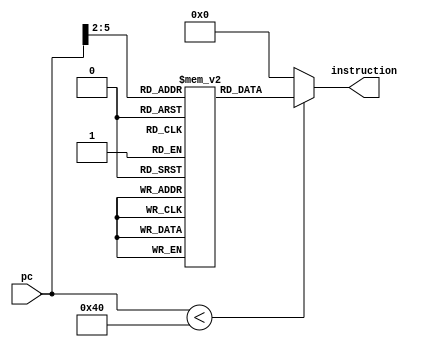
//fpga4student.com: FPga projects, Verilog projects, VHDL projects
// Verilog code for instruction memory
 module instr_mem          // a synthesisable rom implementation  
 (  
      input     [15:0]     pc,  
      output wire     [15:0]          instruction  
 );  
      wire [3 : 0] rom_addr = pc[5 : 2];  
      /* lw     $3, 0($0) --   
           Loop:     slti $1, $3, 50  
           beq $1, $0, Skip  
           add $4, $4, $3   
           addi $3, $3, 1   
           beq $0, $0, Loop--  
           Skip  
 */  
      reg [15:0] rom[15:0];  
      initial  
      begin  
                rom[0] = 16'b1000000110000000;  
                rom[1] = 16'b0010110010110010;  
                rom[2] = 16'b1101110001100111;  
                rom[3] = 16'b1101110111011001;  
                rom[4] = 16'b1111110110110001;  
                rom[5] = 16'b1100000001111011; 
                rom[6] = 16'b0000000000000000;  
                rom[7] = 16'b0000000000000000;  
                rom[8] = 16'b0000000000000000;  
                rom[9] = 16'b0000000000000000;  
                rom[10] = 16'b0000000000000000;  
                rom[11] = 16'b0000000000000000;  
                rom[12] = 16'b0000000000000000;  
                rom[13] = 16'b0000000000000000;  
                rom[14] = 16'b0000000000000000;  
                rom[15] = 16'b0000000000000000;  
      end  
      assign instruction = (pc[15:0] < 64 )? rom[rom_addr[3:0]]: 16'd0;  
 endmodule